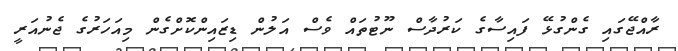
ރާއްޖޭގައި ގެންގުޅޭ ފައިސާގެ ކަރުދާސް ނޫޓުތައް ވެސް އަލުން ޑިޒައިންކޮށްގެން މިއަހަރުގެ ޖެނުއަރީ